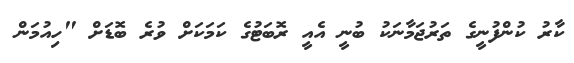
ކާރު ކުންފުނީގެ ތަރުޖަމާނަކު ބުނީ އެއީ ރޮބަޓުގެ ކަމަކަށް ވުރެ ބޮޑަށް "ހިއުމަން